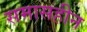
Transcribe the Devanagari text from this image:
समासहीन